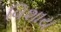
વિશાય